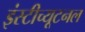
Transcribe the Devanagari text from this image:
इंस्टीच्यूटनल